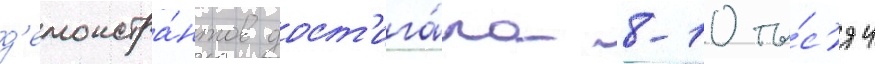
д'емонстра́нтов дост'ига́ла 8-10 ты́с'яч